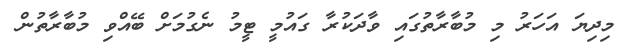
މިދިޔަ އަހަރު މި މުބާރާތުގައި ވާދަކުރާ ގައުމީ ޓީމު ނެގުމަށް ބޭއްވި މުބާރާތުން